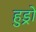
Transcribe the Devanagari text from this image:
हुड्रो